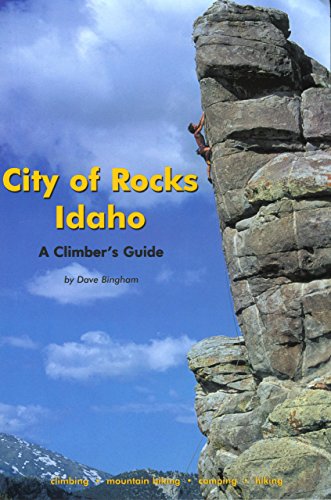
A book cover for City of Rocks Idaho: A Climber's Guide (Regional Rock Climbing Series); Dave Bingham; Sports & Outdoors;